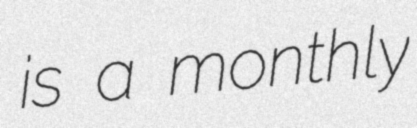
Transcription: is a monthly